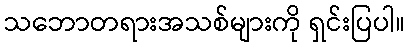
သဘောတရားအသစ်များကို ရှင်းပြပါ။